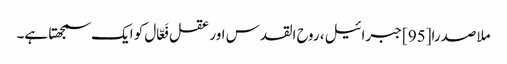
ملاصدرا[95] جبرائیل، روح القدس اور عقل فَعّال کو ایک سمجھتا ہے۔